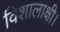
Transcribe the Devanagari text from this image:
विशालाक्षी।